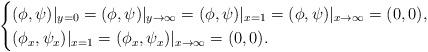
LaTeX: \begin{align*}\begin{cases} (\phi,\psi)|_{y=0}=(\phi,\psi)|_{y\rightarrow\infty}=(\phi,\psi)|_{x=1}=(\phi,\psi)|_{x\rightarrow\infty}=(0,0),\\ (\phi_x,\psi_x)|_{x=1}=(\phi_x,\psi_x)|_{x\rightarrow\infty}=(0,0).\end{cases}\end{align*}